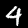
Digit: 4